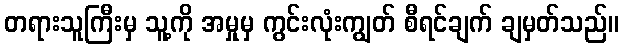
တရားသူကြီးမှ သူ့ကို အမှုမှ ကွင်းလုံးကျွတ် စီရင်ချက် ချမှတ်သည်။